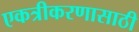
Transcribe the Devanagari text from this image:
एकत्रीकरणासाठी